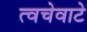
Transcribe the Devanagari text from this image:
त्वचेवाटे